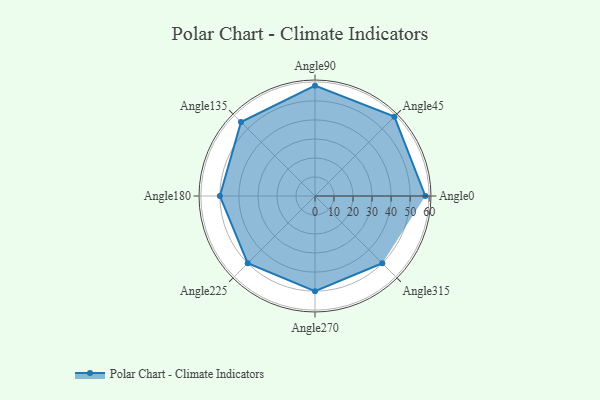
{"axis": {"x": "Angle", "y": "Radius"}, "legend": [""], "data": [{"x": "Angle0", "y": 58.0, "type": ""}, {"x": "Angle45", "y": 59.0, "type": ""}, {"x": "Angle90", "y": 58.0, "type": ""}, {"x": "Angle135", "y": 55.0, "type": ""}, {"x": "Angle180", "y": 50, "type": ""}, {"x": "Angle225", "y": 50, "type": ""}, {"x": "Angle270", "y": 50, "type": ""}, {"x": "Angle315", "y": 50, "type": ""}]}